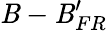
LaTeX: \mathit{B}-\mathit{B}_{FR}^{\prime}